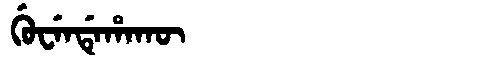
Manchu: ᡤᡠᠸᡝᠨᡩᡝᡥᠠᡴᡡ
Romanization: GUWENDEHAKŪ